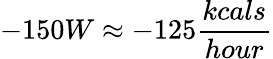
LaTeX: -150W\approx-125\frac{kcals}{hour}